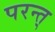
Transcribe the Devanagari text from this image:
परन्त्